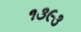
૧૩૯૩